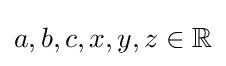
a,b,c,x,y,z\in \mathbb {R}